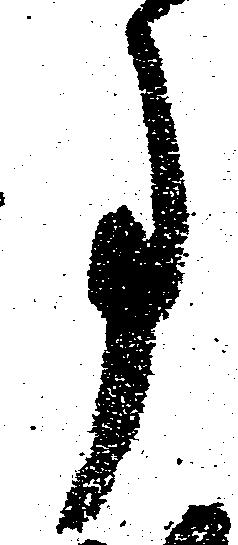
事